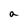
Character: a